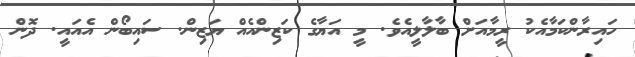
ހައިރާންކަމާއެކު ރީމާއަށް ބާލާލީއެވެ. މީ އަޔާގެ ކަޒިންއެއް ޔަޒިން. ސައިބޯން އެއައީ. ދޮން